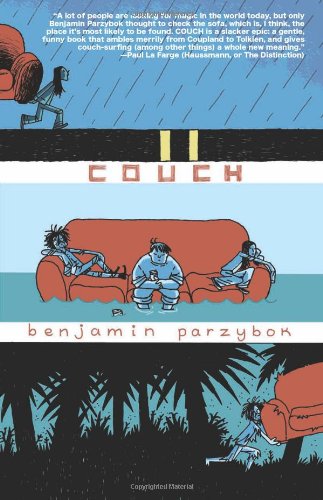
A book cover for Couch; Benjamin Parzybok; Travel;